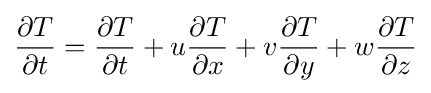
{\frac {\partial T}{\partial t}}={\frac {\partial T}{\partial t}}+u{\frac {\partial T}{\partial x}}+v{\frac {\partial T}{\partial y}}+w{\frac {\partial T}{\partial z}}